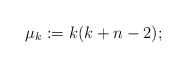
\begin{align*}\mu_k := k(k+n-2);\end{align*}